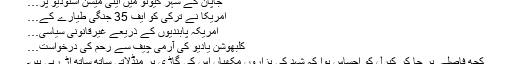
جاپان کے شہر کیوٹو میں اینی میشن اسٹوڈیو پر…
امریکا نے ترکی کو ایف 35 جنگی طیارے کے…
امریکہ پابندیوں کے ذریعے غیرقانونی سیاسی…
کلبھوشن یادیو کی آرمی چیف سے رحم کی درخواست…
کچھ فاصلے پر جا کر کیرل کو احساس ہوا کہ شہد کی ہزاروں مکھیاں اس کی گاڑی پر منڈلاتی ساتھ ساتھ اڑ رہی ہیں۔